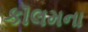
કૉલમના